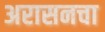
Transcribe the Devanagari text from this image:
अरासनचा